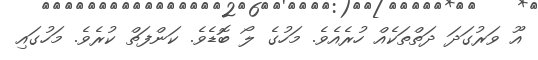
އޫ ވަރުގަދަ ދަތްތަކެއް ހުރެއެވެ. މަހުގެ ލޯ ބޮޑެވެ. ކަންފަތް ކުރެވެ. މަހުގައި